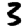
Digit: 3